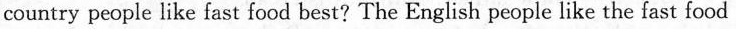
country people like fast food best? The English people like the fast food